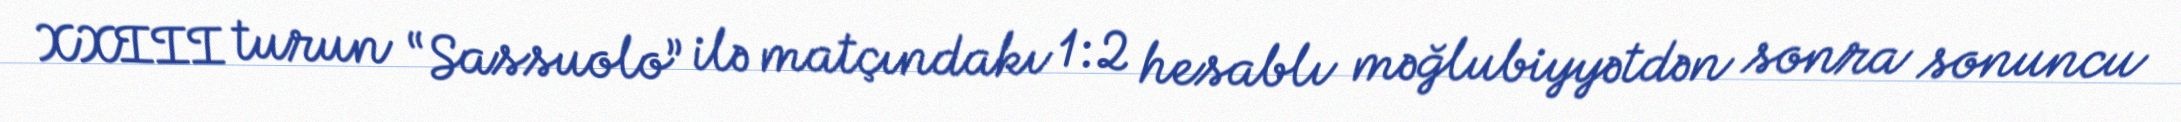
XXIII turun “Sassuolo” ilə matçındakı 1:2 hesablı məğlubiyyətdən sonra sonuncu